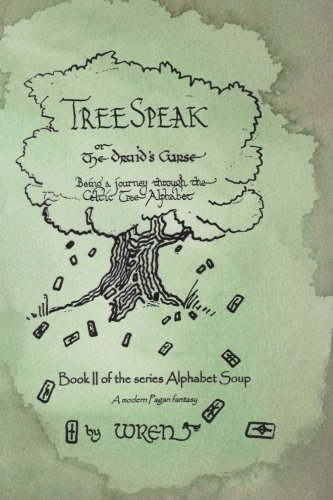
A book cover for Treespeak or The Druid's Curse: Being a journey through the Celtic Tree Alphabet (Alphabet Soup) (Volume 2); Wren; Literature & Fiction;